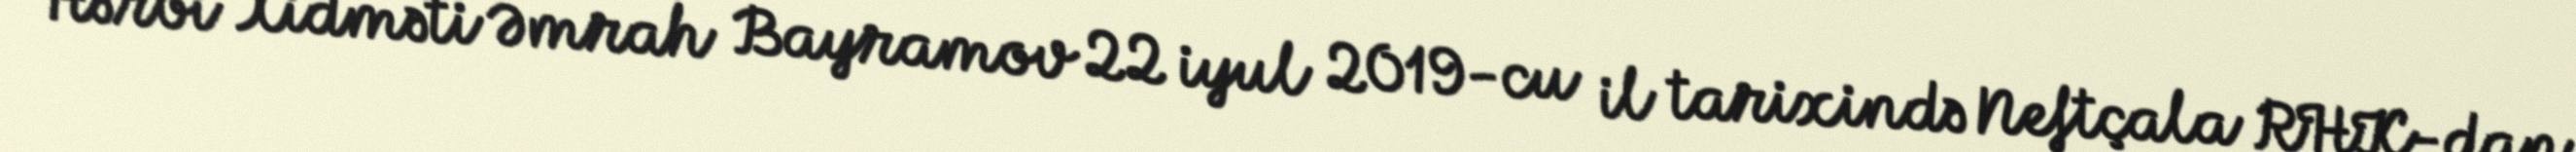
Hərbi Xidməti Əmrah Bayramov 22 iyul 2019-cu il tarixində Neftçala RHK-dan